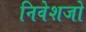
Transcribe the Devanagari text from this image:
निवेशजो